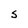
Character: S